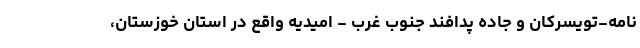
نامه-تویسرکان و جاده پدافند جنوب غرب - امیدیه واقع در استان خوزستان،